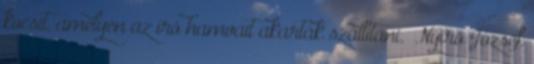
kocsit, amelyen az író hamvait akarták szállítani. „Nyírő József